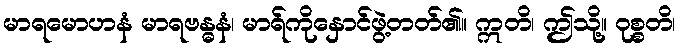
မာရမောဟနံ မာရဗန္ဓနံ၊ မာရ်ကိုနှောင်ဖွဲ့တတ်၏။ ဣတိ၊ ဤသို့။ ဝုစ္စတိ၊